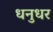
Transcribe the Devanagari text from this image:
धनुधर